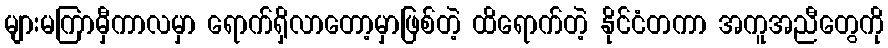
များမကြာမှီကာလမှာ ရောက်ရှိလာတော့မှာဖြစ်တဲ့ ထိရောက်တဲ့ နိုင်ငံတကာ အကူအညီတွေကို